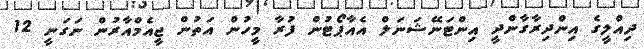
ދިއްލީގެ އިންދިރާގާންދީ އިންޓަނޭޝަނަލް އެއާޕޯޓުން ފުރާ މީހުން އަތުން ޖީއެމްއާރުން ނަގަނީ 12